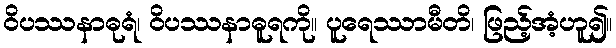
ဝိပဿနာဓုရံ၊ ဝိပဿနာဓူရကို။ ပူရေဿာမီတိ၊ ဖြည့်အံ့ဟူ၍။